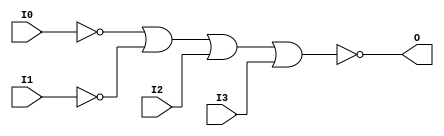
// $Header: /devl/xcs/repo/env/Databases/CAEInterfaces/verunilibs/data/unisims/NOR4B2.v,v 1.6 2007/05/23 21:43:39 patrickp Exp $
///////////////////////////////////////////////////////////////////////////////
// Copyright (c) 1995/2004 Xilinx, Inc.
// All Right Reserved.
///////////////////////////////////////////////////////////////////////////////
//   ____  ____
//  /   /\/   /
// /___/  \  /    Vendor : Xilinx
// \   \   \/     Version : 10.1
//  \   \         Description : Xilinx Functional Simulation Library Component
//  /   /                  4-input NOR Gate
// /___/   /\     Filename : NOR4B2.v
// \   \  /  \    Timestamp : Thu Mar 25 16:42:59 PST 2004
//  \___\/\___\
//
// Revision:
//    03/23/04 - Initial version.
//    05/23/07 - Changed timescale to 1 ps / 1 ps.
//    05/23/07 - Added wire declaration for internal signals.

`timescale  1 ps / 1 ps


module NOR4B2 (O, I0, I1, I2, I3);

    output O;

    input  I0, I1, I2, I3;

    wire i0_inv;
    wire i1_inv;

    not N1 (i1_inv, I1);
    not N0 (i0_inv, I0);
    nor O1 (O, i0_inv, i1_inv, I2, I3);


endmodule